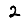
Digit: 2